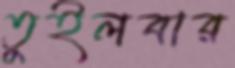
তুইলবার